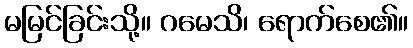
မမြင်ခြင်းသို့။ ဂမေသိ၊ ရောက်စေ၏။